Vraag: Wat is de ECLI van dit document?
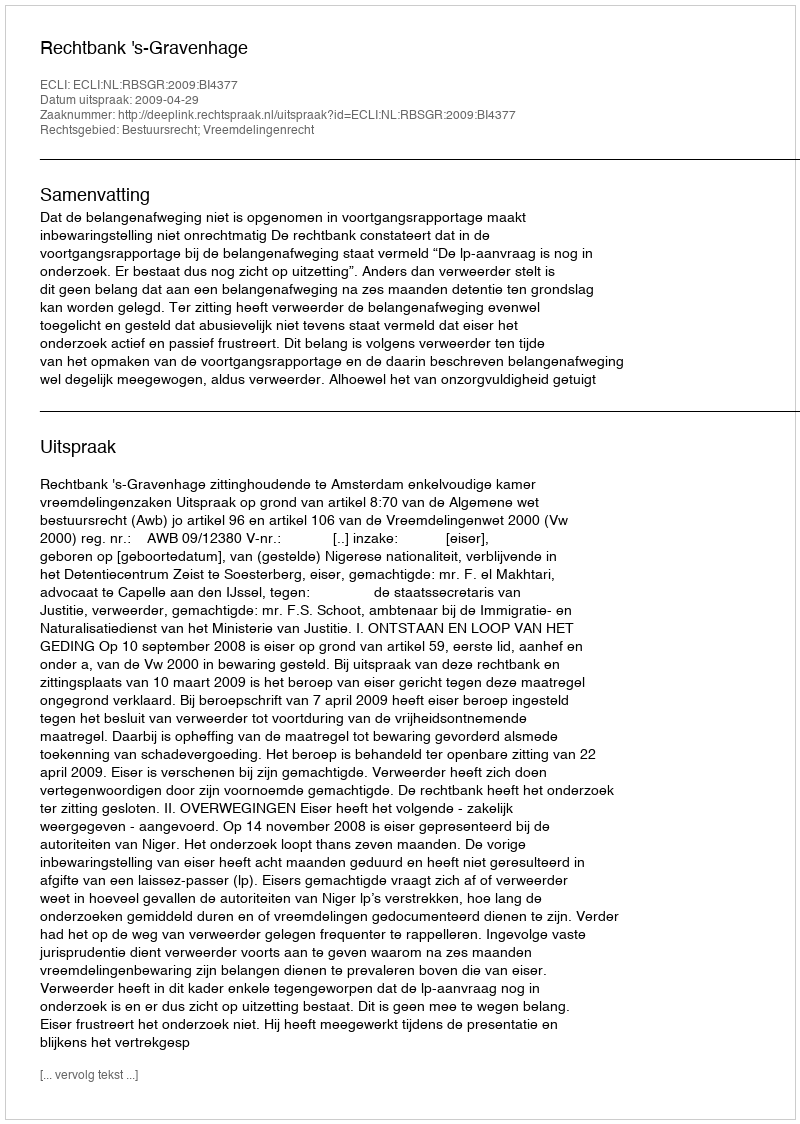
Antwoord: ECLI:NL:RBSGR:2009:BI4377